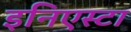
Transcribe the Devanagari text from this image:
इनिएस्टा